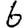
Digit: 6